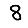
Digit: 8